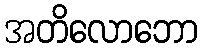
အတိလောဘော